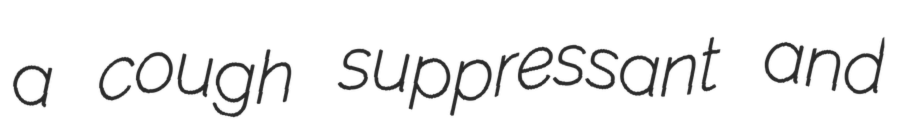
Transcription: a cough suppressant and